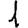
Digit: 1